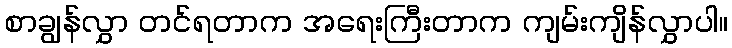
စာချွန်လွှာ တင်ရတာက အရေးကြီးတာက ကျမ်းကျိန်လွှာပါ။